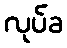
လုပ်ခ